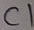
Text: C1